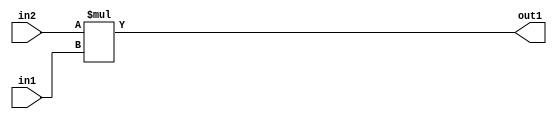
`timescale 1ps / 1ps
/*****************************************************************************
    Verilog RTL Description
    
    
    Created by: Stratus DpOpt 2019.1.01 
*******************************************************************************/

module pw_feature_addr_gen_Mul_16Ux11U_27U_4 (
	in2,
	in1,
	out1
	); /* architecture "behavioural" */ 
input [15:0] in2;
input [10:0] in1;
output [26:0] out1;
wire [26:0] asc001;

assign asc001 = 
	+(in2 * in1);

assign out1 = asc001;
endmodule

/* CADENCE  ubLwSQo= : u9/ySgnWtBlWxVPRXgAZ4Og= ** DO NOT EDIT THIS LINE ******/